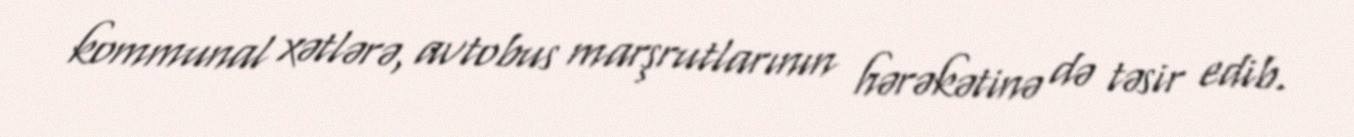
kommunal xətlərə, avtobus marşrutlarının hərəkətinə də təsir edib.